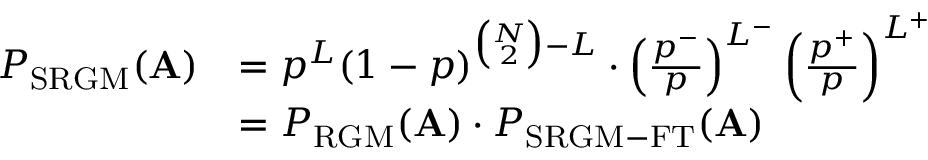
\begin{array} { r l } { P _ { \mathrm { S R G M } } ( \mathbf { A } ) } & { = p ^ { L } ( 1 - p ) ^ { \binom { N } { 2 } - L } \cdot \left( \frac { p ^ { - } } { p } \right) ^ { L ^ { - } } \left( \frac { p ^ { + } } { p } \right) ^ { L ^ { + } } } \\ & { = P _ { \mathrm { R G M } } ( \mathbf { A } ) \cdot P _ { \mathrm { S R G M - F T } } ( \mathbf { A } ) } \end{array}